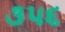
૩૫૬